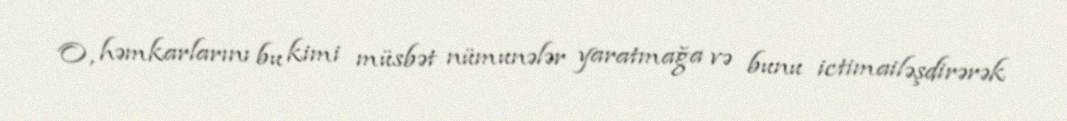
O, həmkarlarını bu kimi müsbət nümunələr yaratmağa və bunu ictimailəşdirərək